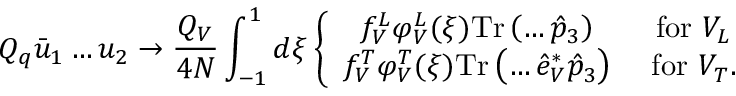
Q _ { q } \bar { u } _ { 1 } \dots u _ { 2 } \to \frac { Q _ { V } } { 4 N } \int _ { - 1 } ^ { 1 } d \xi \left\{ \begin{array} { c c c } { { f _ { V } ^ { L } \varphi _ { V } ^ { L } ( \xi ) \mathrm { T r } \left( \dots \hat { p } _ { 3 } \right) } } & { { \mathrm { ~ f o r ~ } V _ { L } } } \\ { { f _ { V } ^ { T } \varphi _ { V } ^ { T } ( \xi ) \mathrm { T r } \left( \dots \hat { e } _ { V } ^ { * } \hat { p } _ { 3 } \right) } } & { { \mathrm { ~ f o r ~ } V _ { T } . } } \end{array} \right.